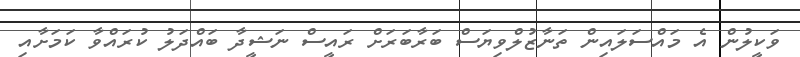
ވަކީލުން އެ މައްސަލައިން ތަނާޒުލްވިޔަސް ބަރާބަރަށް ރައީސް ނަޝީދާ ބައްދަލު ކުރައްވާ ކަމަށާއި